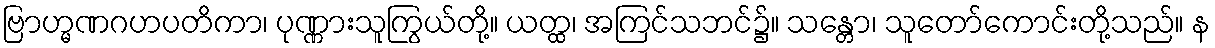
ဗြာဟ္မဏဂဟပတိကာ၊ ပုဏ္ဏားသူကြွယ်တို့။ ယတ္ထ၊ အကြင်သဘင်၌။ သန္တော၊ သူတော်ကောင်းတို့သည်။ န